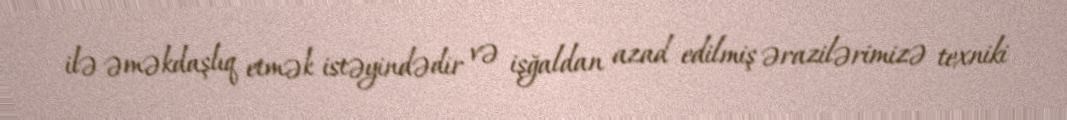
ilə əməkdaşlıq etmək istəyindədir və işğaldan azad edilmiş ərazilərimizə texniki